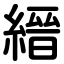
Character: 縉